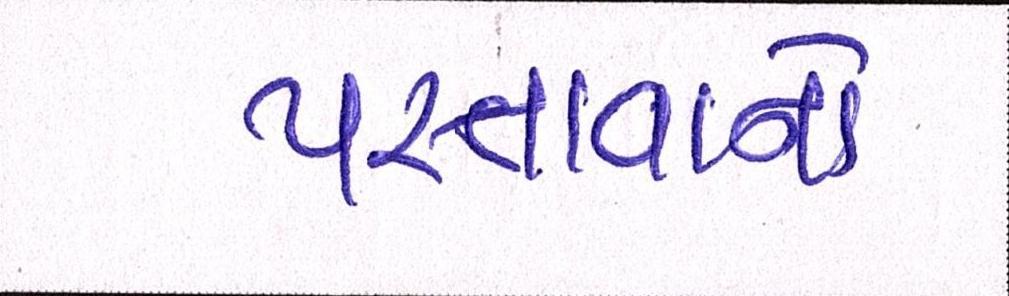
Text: પસ્તાવાનો